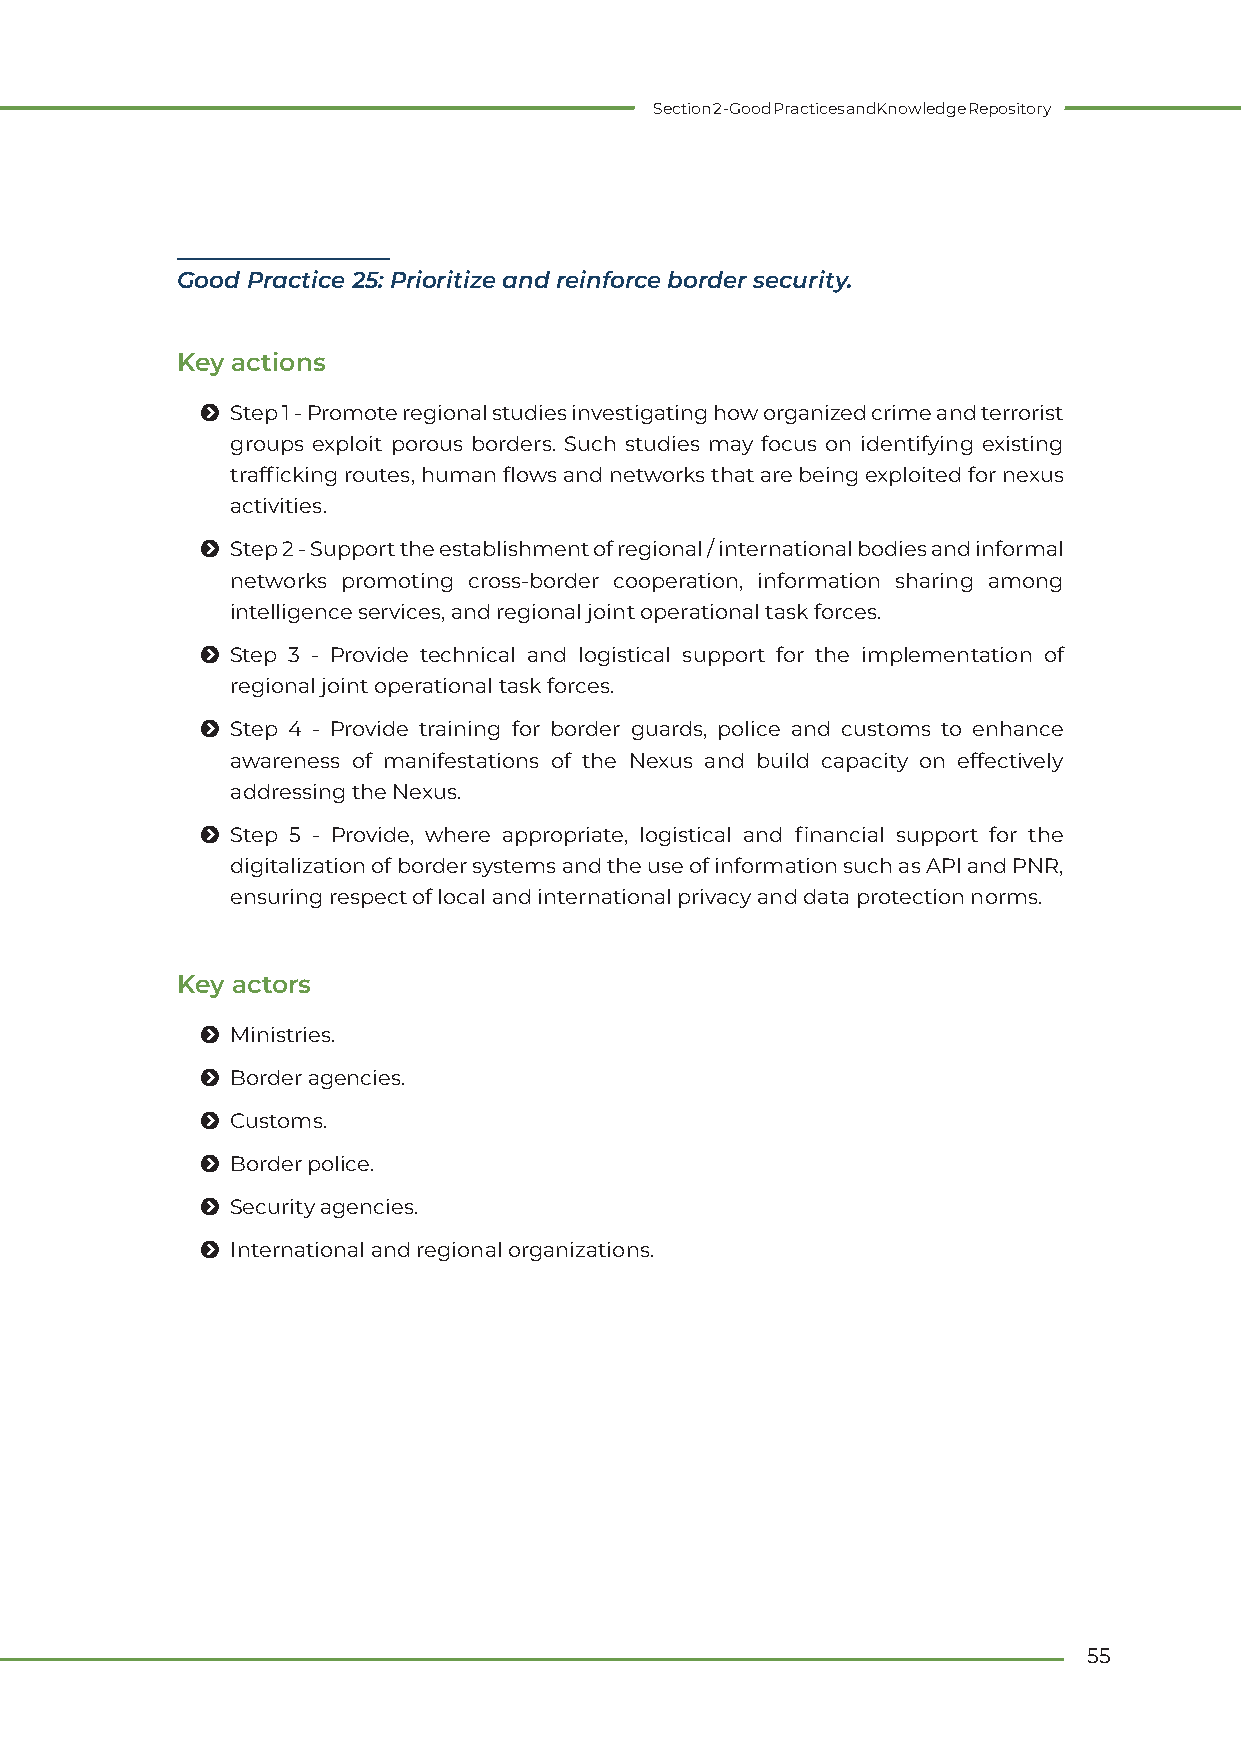
Section 2 - Good Practices and Knowledge Repository
 Good Practice 25: Prioritize and reinforce border security.
 Key actions
 Ħ Step 1 - Promote regional studies investigating how organized crime and terrorist
 groups exploit porous borders. Such studies may focus on identifying existing
 trafficking routes, human flows and networks that are being exploited for nexus
 activities.
 Ħ Step 2 - Support the establishment of regional / international bodies and informal
 networks promoting cross-border cooperation, information sharing among
 intelligence services, and regional joint operational task forces.
 Ħ Step 3 - Provide technical and logistical support for the implementation of
 regional joint operational task forces.
 Ħ Step 4 - Provide training for border guards, police and customs to enhance
 awareness of manifestations of the Nexus and build capacity on effectively
 addressing the Nexus.
 Ħ Step 5 - Provide, where appropriate, logistical and financial support for the
 digitalization of border systems and the use of information such as API and PNR,
 ensuring respect of local and international privacy and data protection norms.
 Key actors
 Ħ Ministries.
 Ħ Border agencies.
 Ħ Customs.
 Ħ Border police.
 Ħ Security agencies.
 Ħ International and regional organizations.
 55